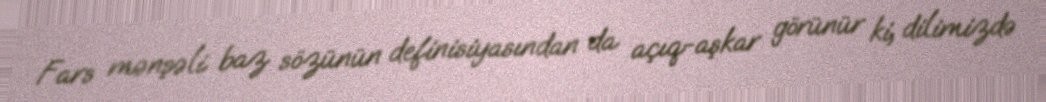
Fars mənşəli baz sözünün definisiyasından da açıq-aşkar görünür ki, dilimizdə